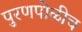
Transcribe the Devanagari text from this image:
पुरणपोळीच